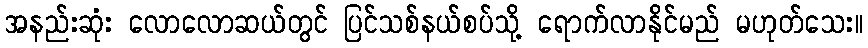
အနည်းဆုံး လောလောဆယ်တွင် ပြင်သစ်နယ်စပ်သို့ ရောက်လာနိုင်မည် မဟုတ်သေး။